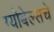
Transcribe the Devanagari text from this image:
ग्योबेल्सचे